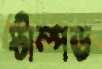
স্টাম্পড